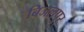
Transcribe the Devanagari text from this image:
बिजलपुर्